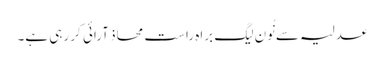
عدلیہ سے نُون لیگ براہ راست محاذ آرائی کر رہی ہے۔